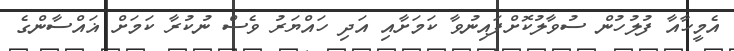
އެމީހާއާ ފުލުހުން ސުވާލުކޮށްފައިނުވާ ކަމަށާއި އަދި ހައްޔަރު ވެސް ނުކުރާ ކަމަށް ޣައްސާންގެ